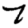
Digit: 7